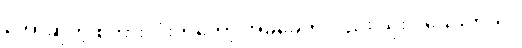
ဘော်ဆိုတဲ့ စကားလုံးကတော့ အခုခေတ်လည်း သုံးပါသေးတယ်။